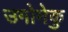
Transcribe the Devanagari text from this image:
उगोमेकु